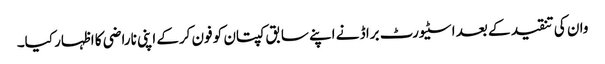
وان کی تنقید کے بعد اسٹیورٹ براڈ نے اپنے سابق کپتان کو فون کرکے اپنی ناراضی کا اظہار کیا۔